Report on the lunatic asylums under the Government of Bombay - 1904-1913
Year: 1904
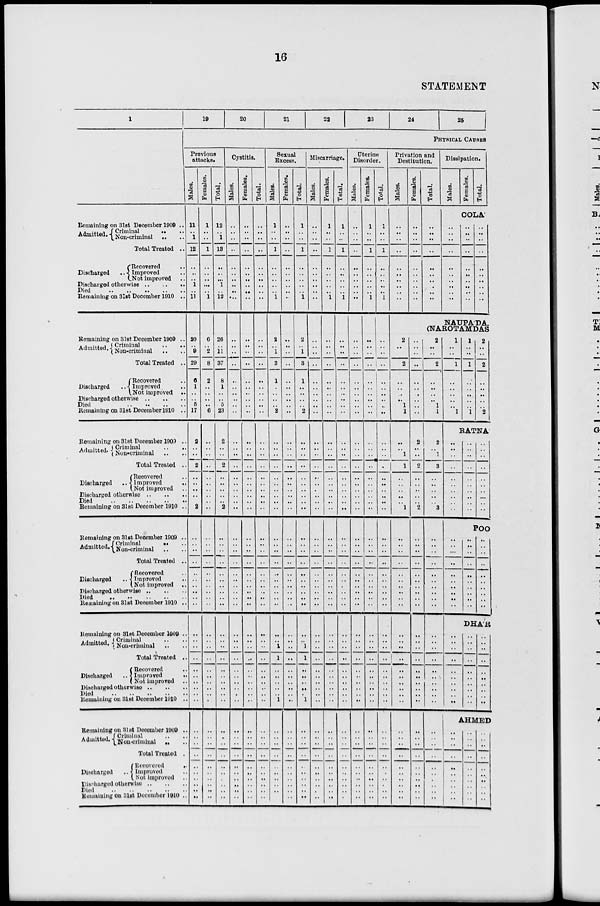
16
STATEMENT
1
Remaining on 31st December 1909 ..
Admitted. Criminal .. ..
Non-criminal .. ..
Total Treated ..
Discharged
..
Recovered ..
Improved ..
Not improved ..
Discharged otherwise .. .. ..
Died .. .. .. .. ..
Remaining on 31st December 1910 ..
Remaining on 31st December 1909 ..
Admitted. Criminal .. ..
Non-criminal .. ..
Total Treated ..
Discharged ..
Recovered ..
Improved ..
Not improved ..
Discharged otherwise .. .. ..
Died .. .. .. .. ..
Remaining on 31st December 1910 ..
Remaining on 31st December 1909 ..
Admitted. Criminal .. ..
Non-criminal .. ..
Total Treated ..
Discharged ..
Recovered ..
Improved
..
Not improved ..
Discharged otherwise .. .. ..
Died .. .. .. .. ..
Remaining on 31st December 1910 ..
Remaining on 31st December 1909 ..
Admitted. Criminal .. ..
Non-criminal .. ..
Total Treated ..
Discharged ..
Recovered ..
Improved ..
Not improved ..
Discharged otherwise .. .. ..
Died .. .. .. .. ..
Remaining on 31st December 1910 ..
Remaining on 31st December 1909 ..
Admitted. Criminal .. ..
Non-criminal .. ..
Total Treated ..
Discharged ..
Recovered ..
Improved ..
Not improved ..
Discharged otherwise .. .. ..
Died .. .. .. .. ..
Remaining on 31st December 1910 ..
Remaining on 31 st December 1909 ..
Admitted. Criminal .. ..
Non-criminal .. ..
Total Treated ..
Discharged ..
Recovered
..
Improved ..
Not improved ..
Discharged otherwise
..
..
..
Died
..
..
..
..
..
..
Remaining on 31st December 1910 ..
19
20
21
22
23
24
25
PHYSICAL CAUSES
Previous
attacks.
Males.
11
..
1
12
..
..
..
1
..
11
20
..
9
29
6
1
..
..
5
17
2
..
..
2
..
..
..
..
..
2
..
..
..
..
..
..
..
..
..
..
..
..
..
..
..
..
..
..
..
..
..
..
..
..
..
..
..
..
..
..
Females.
1
..
..
1
..
..
..
...
..
1
6
..
2
8
2
..
..
..
..
6
..
..
..
..
..
..
..
..
..
..
..
..
..
..
..
..
..
..
..
..
..
..
..
..
..
..
..
..
..
..
..
..
..
..
..
..
..
..
..
..
Total.
12
..
1
13
..
..
..
1
..
12
26
..
11
37
8
1
..
..
5
23
2
..
..
2
..
..
..
..
..
2
..
..
..
..
..
..
..
..
..
..
..
..
..
..
..
..
..
..
..
..
..
..
..
..
..
..
..
..
..
..
Cystitis.
Males.
..
..
..
..
..
..
..
..
..
..
..
..
..
..
..
..
..
..
..
..
..
..
..
..
..
..
..
..
..
..
..
..
..
..
..
..
..
..
..
..
..
..
..
..
..
..
..
..
..
..
..
..
..
..
..
..
..
..
..
..
Females.
..
..
..
..
..
..
..
..
..
..
..
..
..
..
..
..
..
..
..
..
..
..
..
..
..
..
..
..
..
..
..
..
..
..
..
..
..
..
..
..
..
..
..
..
..
..
..
..
..
..
..
..
..
..
..
..
..
..
..
..
Total.
..
..
..
..
..
..
..
..
..
..
..
..
..
..
..
..
..
..
..
..
..
..
..
..
..
..
..
..
..
..
..
..
..
..
..
..
..
..
..
..
..
..
..
..
..
..
..
..
..
..
..
..
..
..
..
..
..
..
..
..
Sexual
Excess.
Males.
1
..
..
1
..
..
..
..
..
1
2
..
1
3
1
..
..
..
..
2
..
..
..
..
..
..
..
..
..
..
..
..
..
..
..
..
..
..
..
..
..
..
1
1
..
..
..
..
..
1
..
..
..
..
..
..
..
..
..
..
Females.
..
..
..
..
..
..
..
..
..
..
..
..
..
..
..
..
..
..
..
..
..
..
..
..
..
..
..
..
..
..
..
..
..
..
..
..
..
..
..
..
..
..
..
..
..
..
..
..
..
..
..
..
..
..
..
..
..
..
..
..
Total.
1
..
..
1
..
..
..
..
..
1
2
..
1
3
1
..
..
..
..
2
..
..
..
..
..
..
..
..
..
..
..
..
..
..
..
..
..
..
..
..
..
..
1
1
..
..
..
..
..
1
..
..
..
..
..
..
..
..
..
..
Miscarriage.
Males.
..
..
..
..
..
..
..
..
..
..
..
..
..
..
..
..
..
..
..
..
..
..
..
..
..
..
..
..
..
..
..
..
..
..
..
..
..
..
..
..
..
..
..
..
..
..
..
..
..
..
..
..
..
..
..
..
..
..
..
..
Females.
1
..
..
1
..
..
..
..
..
1
..
..
..
..
..
..
..
..
..
..
..
..
..
..
..
..
..
..
..
..
..
..
..
..
..
..
..
..
..
..
..
..
..
..
..
..
..
..
..
..
..
..
..
..
..
..
..
..
..
..
Total.
1
..
..
1
..
..
..
..
..
1
..
..
..
..
..
..
..
..
..
..
..
..
..
..
..
..
..
..
..
..
..
..
..
..
..
..
..
..
..
..
..
..
..
..
..
..
..
..
..
..
..
..
..
..
..
..
..
..
..
..
Uterine
Disorder.
Males.
..
..
..
..
..
..
..
..
..
..
..
..
..
..
..
..
..
..
..
..
..
..
..
..
..
..
..
..
..
..
..
..
..
..
..
..
..
..
..
..
..
..
..
..
..
..
..
..
..
..
..
..
..
..
..
..
..
..
..
..
Females.
1
..
..
1
..
..
..
..
..
1
..
..
..
..
..
..
..
..
..
..
..
..
..
..
..
..
..
..
..
..
..
..
..
..
..
..
..
..
..
..
..
..
..
..
..
..
..
..
..
..
..
..
..
..
..
..
..
..
..
..
Total.
1
..
..
1
..
..
..
..
..
1
..
..
..
..
..
..
..
..
..
..
..
..
..
..
..
..
..
..
..
..
..
..
..
..
..
..
..
..
..
..
..
..
..
..
..
..
..
..
..
..
..
..
..
..
..
..
..
..
..
..
Privation and
Destitution.
Males.
..
..
..
..
..
..
..
..
..
..
Females.
..
..
..
..
..
..
..
..
..
..
Total.
..
..
..
..
..
..
..
..
..
..
Dissipation.
Males.
Females.
Total.
COLA'
..
..
..
..
..
..
..
..
..
..
..
..
..
..
..
..
..
..
..
..
..
..
..
..
..
..
..
..
..
..
NAUPA'DA.
(NAROTAMDAS
2
..
..
2
..
..
..
..
1
1
..
..
1
1
..
..
..
..
..
1
..
..
..
..
..
..
..
..
..
..
..
..
..
..
..
..
..
..
..
..
..
..
..
..
..
..
..
..
..
..
..
..
..
..
..
..
..
..
..
..
2
..
..
2
..
..
..
..
..
2
..
..
..
..
..
..
..
..
..
..
..
..
..
..
..
..
..
..
..
..
..
..
..
..
..
..
..
..
..
..
2
..
..
2
..
..
..
..
1
1
2
..
1
3
..
..
..
..
..
3
..
..
..
..
..
..
..
..
..
..
..
..
..
..
..
..
..
..
..
..
..
..
..
..
..
..
..
..
..
..
1
..
..
l
..
..
..
..
..
1
1
..
..
1
..
..
..
..
..
1
2
..
..
2
..
..
..
..
..
2
RATNA
..
..
..
..
..
..
..
..
..
..
..
..
..
..
..
..
..
..
..
..
..
..
..
..
..
..
..
...
..
..
POO
..
..
..
..
..
..
..
..
..
..
..
..
..
..
..
..
..
..
..
..
..
..
..
..
..
..
..
..
..
..
DHA'R
..
..
..
..
..
..
..
..
..
..
..
..
..
..
..
..
..
..
..
..
..
..
..
..
..
..
..
..
..
..
AHMED
..
..
..
..
..
..
..
..
..
..
..
..
..
..
..
..
..
..
..
..
..
..
..
..
..
..
..
..
..
..